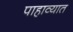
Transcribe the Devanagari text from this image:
पाहाव्यात